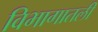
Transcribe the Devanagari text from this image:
विभागातली